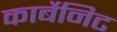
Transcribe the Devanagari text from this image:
कार्बेनिट